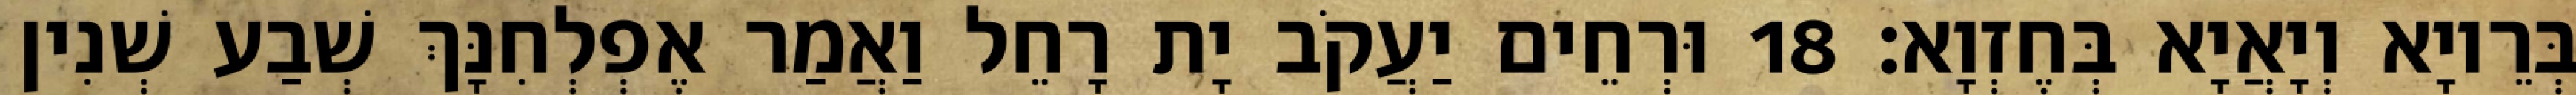
בְּרֵיוָא וְיָאֲיָא בְּחֶזְוָא׃ 18 וּרְחֵים יַעֲקֹב יָת רָחֵל וַאֲמַר אֶפְלְחִנָּךְ שְׁבַע שְׁנִין